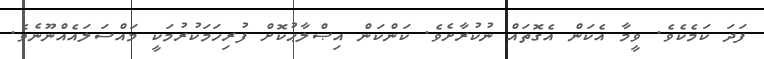
ފަދަ ކަމެކެވެ. ވީމާ އެކަން އެގޮތައް ނުކުރާށެވެ. ކަންކަން އިޞްލާޙުކޮށް ފުރިހަމަކުރުމަކީ މައްސަލައެއްނޫނެވެ.